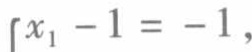
\( \left\{x_{1}-1=-1,\right. \)